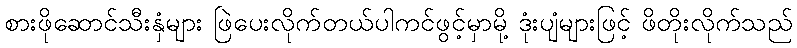
စားဖိုဆောင်သီးနှံများ ဖြဲပေးလိုက်တယ်ပါကင်ဖွင့်မှာမို့ ဒုံးပျံများဖြင့် ဖိတိုးလိုက်သည်